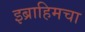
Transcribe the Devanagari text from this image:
इब्राहिमचा